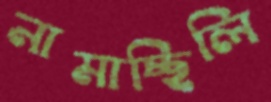
নামাচ্ছিলি